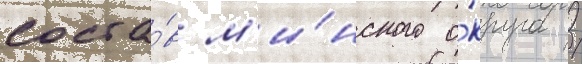
соста́в м'и́нского о́круга /